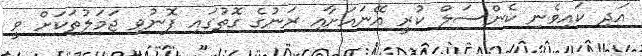
އަދި ކައިވެނި ކެންސަލް ކުރީ އޭނައަށާއި ރަނުގެ ގޮތުގައި ފޮނުވި ޖަމަލުތަކަށް ވީ